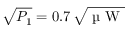
\sqrt { P _ { 1 } } = 0 . 7 \, \sqrt { \mathrm { ~ \textmu ~ W ~ } }